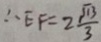
\therefore E F = 2 \frac { \sqrt { 1 3 } } { 3 }